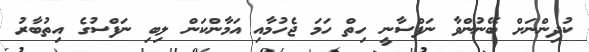
ކުދިންނަށް ބޭނުންވާ ނަފްސާނީ ހިތް ހަމަ ޖެހުމާއި އަމާންކަން ލިބި ނަފްސުގެ އިތުބާރު